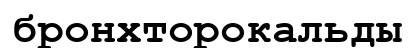
бронхторокальды